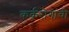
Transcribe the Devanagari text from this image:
कर्करोगांची